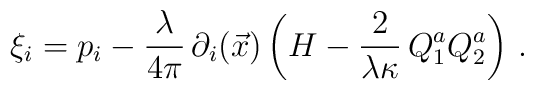
\xi_{i} =  p_{i} - {\lambda \over 4\pi} \,\partial_{i}(\vec{x})\left(H - {2\over \lambda\kappa} \, Q^{a}_{1}Q^{a}_{2}\right)\, .